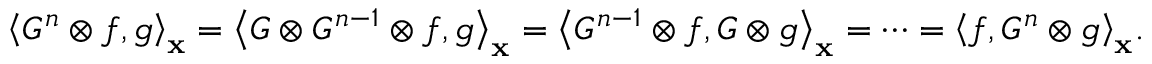
{ \left\langle { { G ^ { n } } \otimes f , g } \right\rangle _ { \bf { x } } } = { \left\langle { G \otimes { G ^ { n - 1 } } \otimes f , g } \right\rangle _ { \bf { x } } } = { \left\langle { { G ^ { n - 1 } } \otimes f , G \otimes g } \right\rangle _ { \bf { x } } } = \cdots = { \left\langle { f , { G ^ { n } } \otimes g } \right\rangle _ { \bf { x } } } .